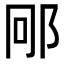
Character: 𮟱